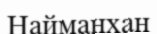
Найманхан